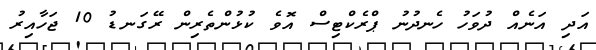
އަދި އަނެއް ދުވަހު ހެނދުނު ޕްރެކްޓިސް އޮވެ ކުޅުންތެރިން ރޭގަނޑު 10 ޖަހާއިރު